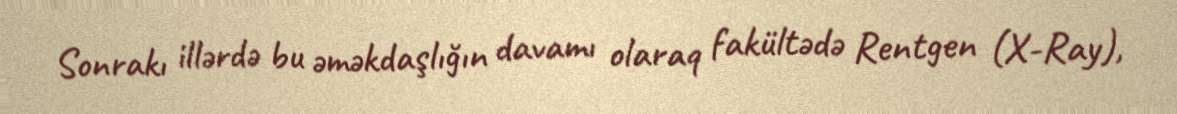
Sonrakı illərdə bu əməkdaşlığın davamı olaraq fakültədə Rentgen (X-Ray),